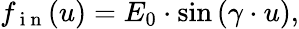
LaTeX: f_{\mathrm{~i~n~}}(u)=E_{0}\cdot\sin\left(\gamma\cdot u\right),